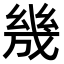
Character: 㡬